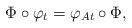
LaTeX: \begin{align*} \Phi\circ \varphi_t = \varphi_{At}\circ \Phi, \end{align*}